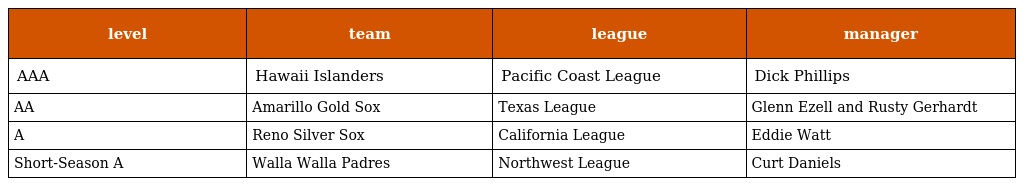
| level | team | league | manager |
 | --- | --- | --- | --- |
 | AAA | Hawaii Islanders | Pacific Coast League | Dick Phillips |
 | AA | Amarillo Gold Sox | Texas League | Glenn Ezell and Rusty Gerhardt |
 | A | Reno Silver Sox | California League | Eddie Watt |
 | Short-Season A | Walla Walla Padres | Northwest League | Curt Daniels |